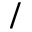
/